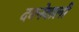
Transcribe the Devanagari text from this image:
दबनेवाली